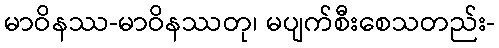
မာဝိနဿ-မာဝိနဿတု၊ မပျက်စီးစေသတည်း-